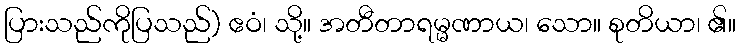
ပြားသည်ကိုပြသည်) ဧဝံ၊ သို့။ အတီတာရမ္မဏာယ၊ သော။ စုတိယာ၊ ၏။